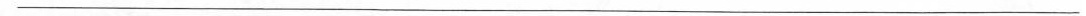
___